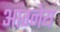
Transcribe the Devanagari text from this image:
आग्‍नेय